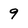
Character: 9